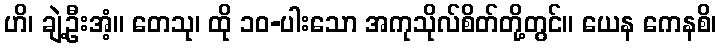
ဟိ၊ ချဲ့ဦးအံ့။ တေသု၊ ထို ၁၀-ပါးသော အကုသိုလ်စိတ်တို့တွင်။ ယေန ကေနစိ၊